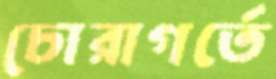
চোরাগর্তে